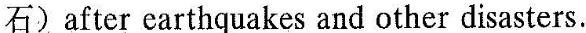
石) after earthquakes and other disasters